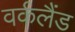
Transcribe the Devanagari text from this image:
वर्कलैंड